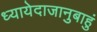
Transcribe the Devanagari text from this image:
ध्यायेदाजानुबाहुं